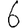
Digit: 6